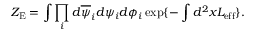
Z _ { \mathrm { E } } = \int \prod _ { i } d \overline { { { \psi } } } _ { i } d \psi _ { i } d \phi _ { i } \exp \{ - \int d ^ { 2 } x { \cal L } _ { \mathrm { e f f } } \} .